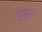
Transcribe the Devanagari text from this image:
उपांग।